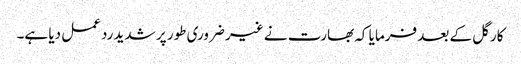
کارگل کے بعد فرمایا کہ بھارت نے غیر ضروری طور پر شدید ردعمل دیا ہے۔